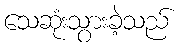
သေဆုံးသွားခဲ့သည်